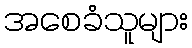
အစေခံသူများ